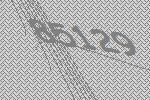
85129